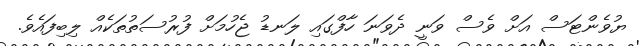
ޔުވެންޓަސް އަށް ވެސް ވަނީ ދެވަނަ ހާފްގައި ލަނޑު ޖެހުމަށް ފުރުސަތުތަކެއް ލިބިފައެވެ.